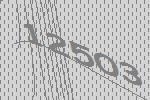
12503